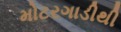
મોટરગાડીથી